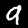
Digit: 9